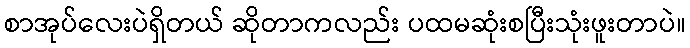
စာအုပ်လေးပဲရှိတယ် ဆိုတာကလည်း ပထမဆုံးစပြီးသုံးဖူးတာပဲ။